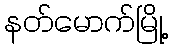
နတ်မောက်မြို့